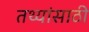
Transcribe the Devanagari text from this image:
तथ्यांसाठी